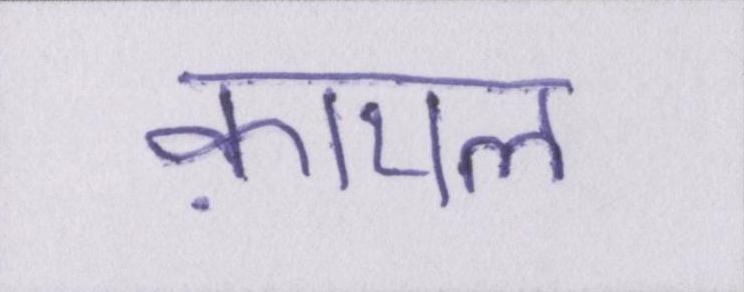
क़ायल